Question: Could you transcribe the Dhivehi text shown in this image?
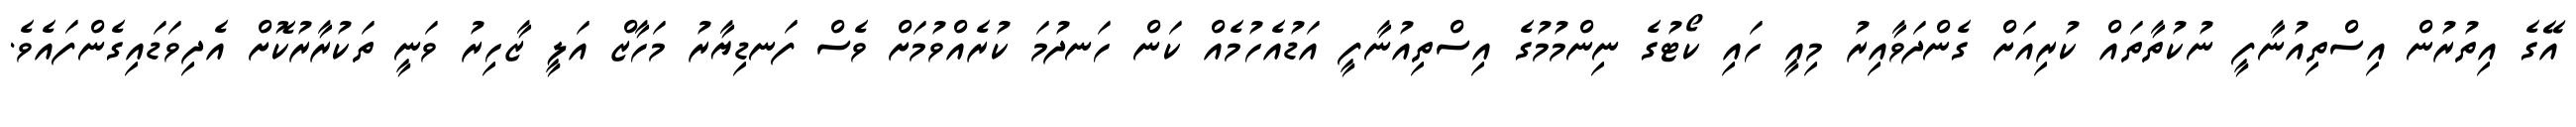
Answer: އޭގެ އިތުރުން އިސްތިއުނާފީ ނުކުތާތައް ކުރިއަށް ގެންދަވާއިރު މިއީ ހައި ކޯޓުގެ ނިންމުމުގެ އިސްތިއުނާފީ އަޑުއެހުމެއް ކަން ހަނދުމަ ކުރެއްވުމަށް ވެސް ފަނޑިޔާރު މަހާޒް އަލީ ޒާހިރު ވަނީ ތަކުރާރުކޮށް އެދިވަޑައިގެންފައެވެ.